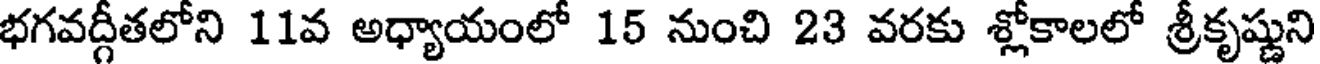
భగవద్గీతలోని 11వ అధ్యాయంలో 15 నుంచి 23 వరకు శ్లోకాలలో శ్రీకృష్ణుని